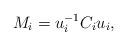
LaTeX: \begin{align*}M_{i}=u_{i}^{-1}C_{i}u_{i}, \end{align*}